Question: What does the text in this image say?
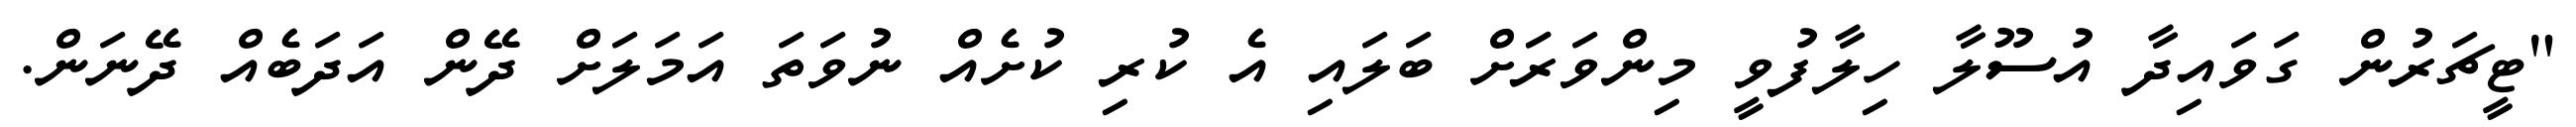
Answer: "ޓީޗަރުން ގަވައިދާ އުސޫލާ ހިލާފުވީ މިންވަރަަށް ބަލައި އެ ކުރި ކުށެއް ނުވަތަ އަމަލަށް ދޭން އަދަބެއް ދޭނަން.